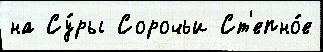
на Су́ры Сорочьи Ст'епно́е